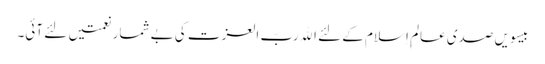
بیسوِیں صدی عالمِ اِسلام کے لئے اﷲ ربّ العزت کی بے شمار نعمتیں لئے آئی۔